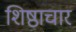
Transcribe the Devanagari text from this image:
शिष्ठाचार